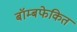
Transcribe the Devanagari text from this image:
बॉम्बफेकित